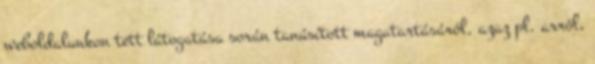
weboldalunkon tett látogatása során tanúsított magatartásáról, azaz pl. arról,